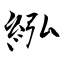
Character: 紭